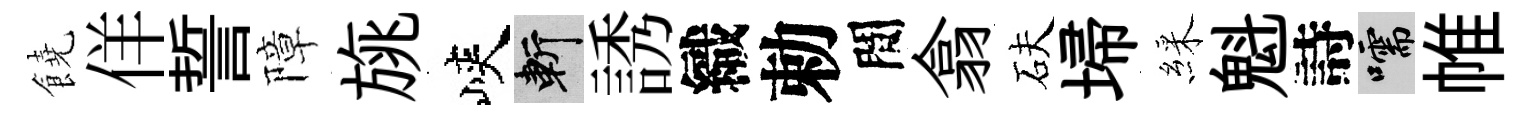
饒佯誓障旐峽斬誘織勅間翕砆埽綵魁詩嚅帷